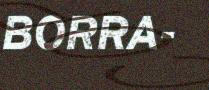
BORRA-